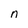
Character: n